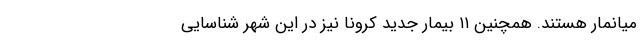
میانمار هستند. همچنین ۱۱ بیمار جدید کرونا نیز در این شهر شناسایی